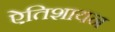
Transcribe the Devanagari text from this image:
ऐतिशायन